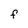
Character: F